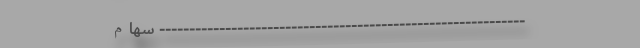
------------------------------------------------------------- سهام